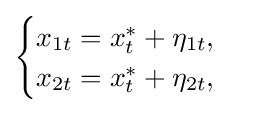
{\begin{cases}x_{1t}=x_{t}^{*}+\eta _{1t},\\x_{2t}=x_{t}^{*}+\eta _{2t},\end{cases}}